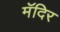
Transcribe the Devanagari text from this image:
मॅदिर